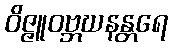
ဝိဇ္ဇူဝဗ္ဘဃနန္တရေ